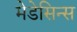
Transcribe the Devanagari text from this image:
मेडेसिन्स